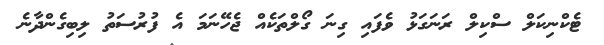
ޓެކްނިކަލް ސްކިލް ރަނަގަޅު ވެފައި ގިނަ ގޯލްތަކެއް ޖެހޭނަމަ އެ ފުރުސަތު ލިބިގެންދާނެ